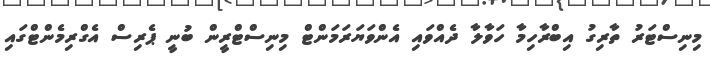
މިނިސްޓަރު ތާރިގު އިބްރާހިމާ ހަވާލާ ދެއްވައި އެންވަޔަރަމަންޓް މިނިސްޓްރީން ބުނީ ޕެރިސް އެގްރިމެންޓްގައި